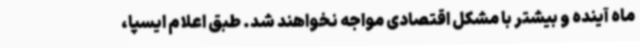
ماه آینده و بیشتر با مشکل اقتصادی مواجه نخواهند شد. طبق اعلام ایسپا،